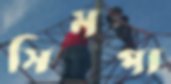
সিমপা